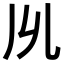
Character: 𠃕